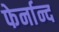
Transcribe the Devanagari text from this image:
फेर्नान्द